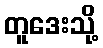
တူဒေးသို့